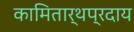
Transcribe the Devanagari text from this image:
कामितार्थप्रदाय